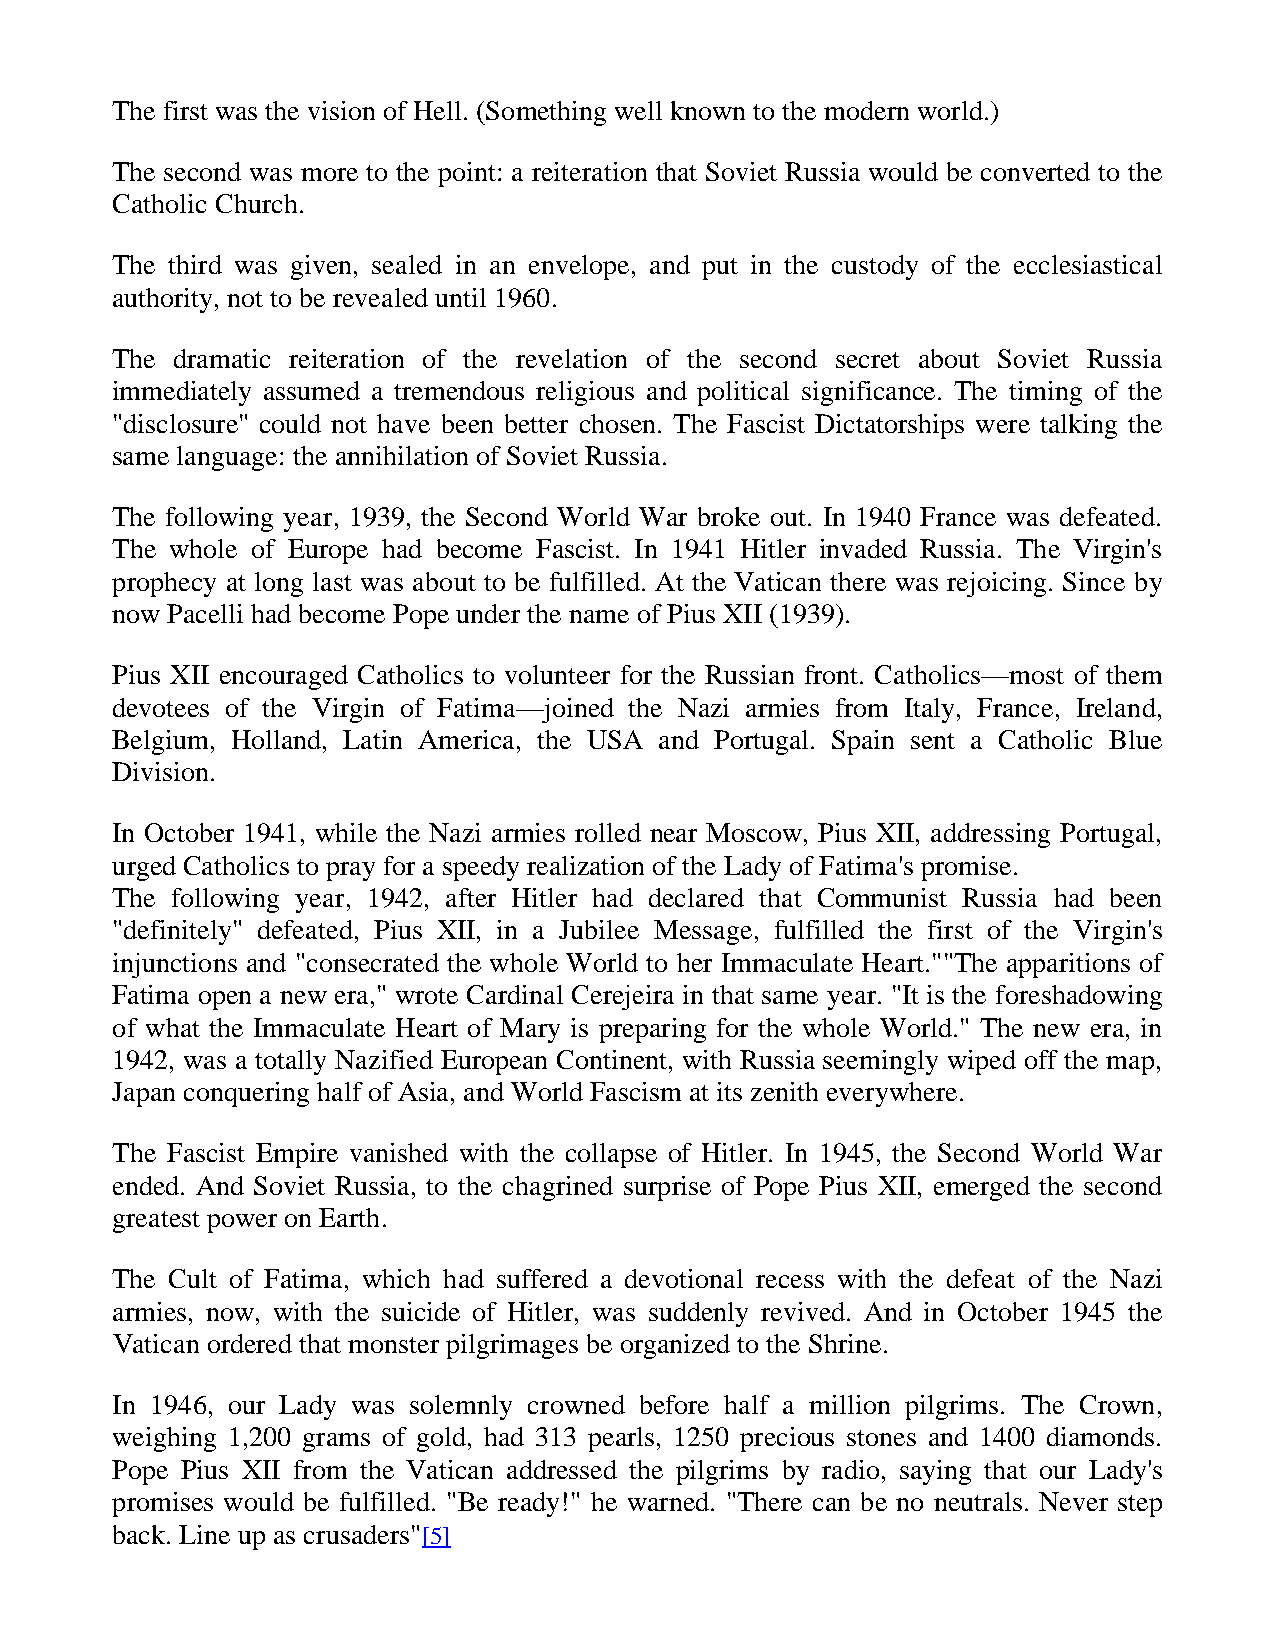
The first was the vision of Hell. (Something well known to the modern world.)
 The second was more to the point: a reiteration that Soviet Russia would be converted to the
 Catholic Church.
 The third was given, sealed in an envelope, and put in the custody of the ecclesiastical
 authority, not to be revealed until 1960.
 The  dramatic reiteration of the revelation of the second secret about Soviet Russia
 immediately assumed a tremendous religious and political significance. The timing of the
 "disclosure" could not have been better chosen. The Fascist Dictatorships were talking the
 same language: the annihilation of Soviet Russia.
 The following year, 1939, the Second World War broke out. In 1940 France was defeated.
 The whole of Europe had become Fascist. In 1941 Hitler invaded Russia. The Virgin's
 prophecy at long last was about to be fulfilled. At the Vatican there was rejoicing. Since by
 now Pacelli had become Pope under the name of Pius XII (1939).
 Pius XII encouraged Catholics to volunteer for the Russian front. Catholics—most of them
 devotees of the Virgin of Fatima—joined the Nazi armies from Italy, France, Ireland,
 Belgium, Holland, Latin America, the USA and Portugal. Spain sent a Catholic Blue
 Division.
 In October 1941, while the Nazi armies rolled near Moscow, Pius XII, addressing Portugal,
 urged Catholics to pray for a speedy realization of the Lady of Fatima's promise.
 The following year, 1942, after Hitler had declared that Communist Russia had been
 "definitely" defeated, Pius XII, in a Jubilee Message, fulfilled the first of the Virgin's
 injunctions and "consecrated the whole World to her Immaculate Heart.""The apparitions of
 Fatima open a new era," wrote Cardinal Cerejeira in that same year. "It is the foreshadowing
 of what the Immaculate Heart of Mary is preparing for the whole World." The new era, in
 1942, was a totally Nazified European Continent, with Russia seemingly wiped off the map,
 Japan conquering half of Asia, and World Fascism at its zenith everywhere.
 The Fascist Empire vanished with the collapse of Hitler. In 1945, the Second World War
 ended. And Soviet Russia, to the chagrined surprise of Pope Pius XII, emerged the second
 greatest power on Earth.
 The Cult of Fatima, which had suffered a devotional recess with the defeat of the Nazi
 armies, now, with the suicide of Hitler, was suddenly revived. And in October 1945 the
 Vatican ordered that monster pilgrimages be organized to the Shrine.
 In 1946, our Lady was solemnly crowned before half a million pilgrims. The Crown,
 weighing 1,200 grams of gold, had 313 pearls, 1250 precious stones and 1400 diamonds.
 Pope Pius XII from the Vatican addressed the pilgrims by radio, saying that our Lady's
 promises would be fulfilled. "Be ready!" he warned. "There can be no neutrals. Never step
 back. Line up as crusaders"[5]